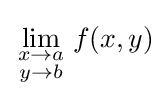
\lim _{\begin{smallmatrix}x\to a\\y\to b\end{smallmatrix}}f(x,y)